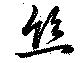
糸